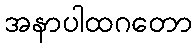
အနာပါထဂတော